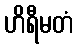
ဟိရီမတံ